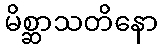
မိစ္ဆာသတိနော